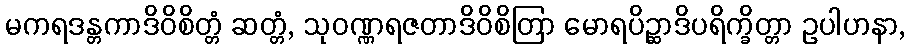
မကရဒန္တကာဒိဝိစိတ္တံ ဆတ္တံ, သုဝဏ္ဏရဇတာဒိဝိစိတြာ မောရပိဉ္ဆာဒိပရိက္ခိတ္တာ ဥပါဟနာ,